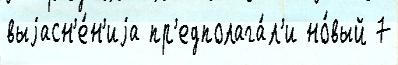
выjасн'е́н'иjа пр'едполага́л'и но́вый 7